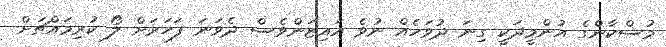
މުސްކާންގެ އުންމީދަކީ ގިނަ ދުވަހެއް ނުވެ އައިޒަންވެސް ދެވަނަ ފަހަރަށް ލޯ ކުރިމައްޗަށް